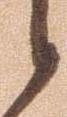
之